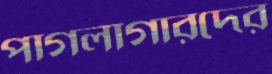
পাগলাগারদের